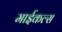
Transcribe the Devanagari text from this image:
माईकल्स